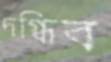
দগ্ধিব